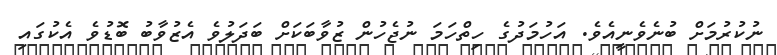
ނުކުރުމަށް ބުނެވެނީއެވެ. އަހުމަދުގެ ހިތްހަމަ ނުޖެހުން ޒުވާބަކަށް ބަދަލުވެ އެޒުވާބު ބޮޑުވެ އެކުގައި